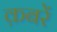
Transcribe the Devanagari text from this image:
क़बरें